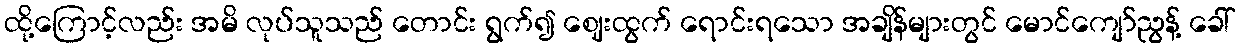
ထို့ကြောင့်လည်း အမိ လုပ်သူသည် တောင်း ရွက်၍ ဈေးထွက် ရောင်းရသော အချိန်များတွင် မောင်ကျော်ညွန့် ခေါ်